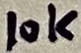
Text: 10K